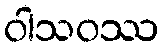
ဝါသဝဿ